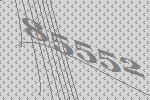
85552